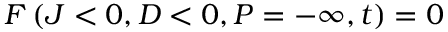
F \left( J < 0 , D < 0 , P = - \infty , t \right) = 0